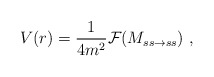
\begin{align*}V(r) = {1\over 4m^2} {\cal F} (M_{ss \rightarrow ss})~,\end{align*}